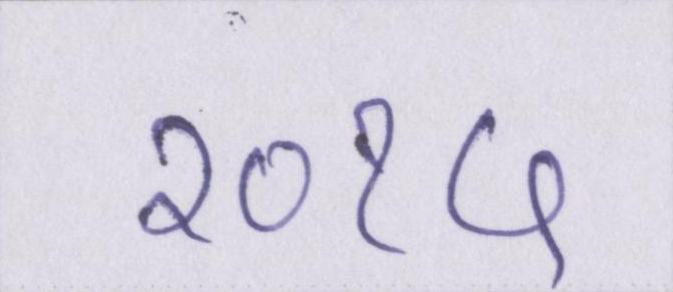
२०१५